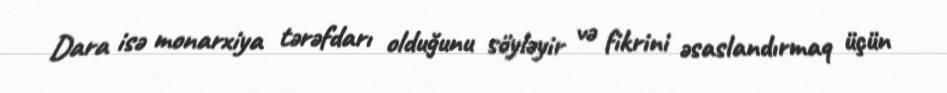
Dara isə monarxiya tərəfdarı olduğunu söyləyir və fikrini əsaslandırmaq üçün